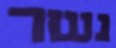
נשר